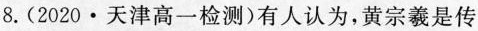
8.(2020·天津高一检测)有人认为，黄宗羲是传